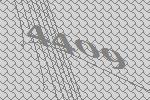
4409